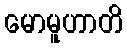
မောမူဟာတိ